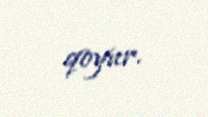
qoyur.